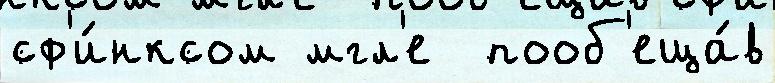
сф'и́нксом мгл'е  пооб'еща́в